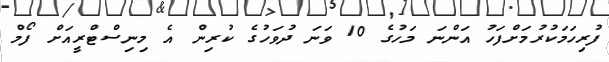
ފުރިހަމަކުރުމަށްފަހު އަންނަ މަހުގެ 10 ވަނަ ދުވަހުގެ ކުރިން އެ މިނިސްޓްރީއަށް ފޯމް